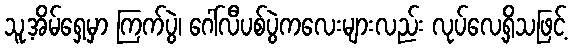
သူ့အိမ်ရှေ့မှာ ကြက်ပွဲ၊ ဂေါ်လီပစ်ပွဲကလေးများလည်း လုပ်လေ့ရှိသဖြင့်